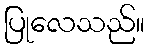
ပြုလေသည်။